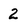
Character: 2